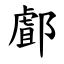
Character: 䣜